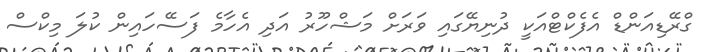
ގްރޭޑިއަންޑް އެފެކްޓްއަކީ ދުނިޔޭގައި ވަރަށް މަޝްހޫރު އަދި އެހާާމެ ފަސޭހައިން ކުލަ މިކްސް